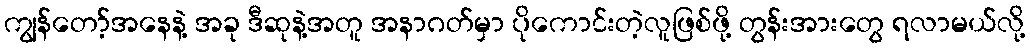
ကျွန်တော့်အနေနဲ့ အခု ဒီဆုနဲ့အတူ အနာဂတ်မှာ ပိုကောင်းတဲ့လူဖြစ်ဖို့ တွန်းအားတွေ ရလာမယ်လို့